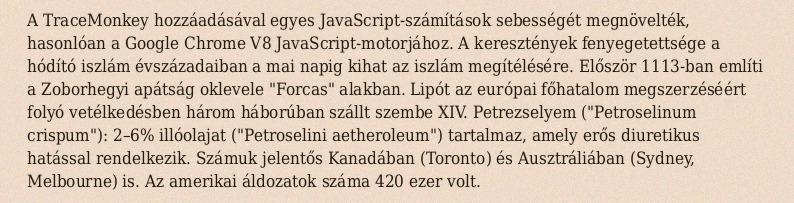
A TraceMonkey hozzáadásával egyes JavaScript-számítások sebességét megnövelték, hasonlóan a Google Chrome V8 JavaScript-motorjához. A keresztények fenyegetettsége a hódító iszlám évszázadaiban a mai napig kihat az iszlám megítélésére. Először 1113-ban említi a Zoborhegyi apátság oklevele "Forcas" alakban. Lipót az európai főhatalom megszerzéséért folyó vetélkedésben három háborúban szállt szembe XIV. Petrezselyem ("Petroselinum crispum"): 2–6% illóolajat ("Petroselini aetheroleum") tartalmaz, amely erős diuretikus hatással rendelkezik. Számuk jelentős Kanadában (Toronto) és Ausztráliában (Sydney, Melbourne) is. Az amerikai áldozatok száma 420 ezer volt.